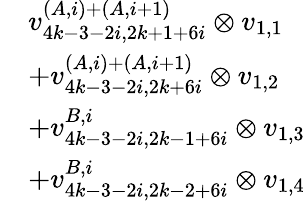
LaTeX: \begin{array}{rl}&{v_{4k-3-2i,2k+1+6i}^{(A,i)+(A,i+1)}\otimes v_{1,1}}\\ &{+v_{4k-3-2i,2k+6i}^{(A,i)+(A,i+1)}\otimes v_{1,2}}\\ &{+v_{4k-3-2i,2k-1+6i}^{B,i}\otimes v_{1,3}}\\ &{+v_{4k-3-2i,2k-2+6i}^{B,i}\otimes v_{1,4}}\end{array}